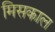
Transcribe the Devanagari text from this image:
मिसकाल